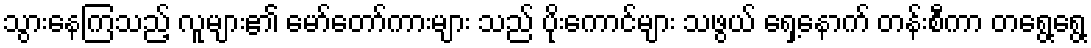
သွားနေကြသည့် လူများ၏ မော်တော်ကားများ သည် ပိုးကောင်များ သဖွယ် ရှေ့နောက် တန်းစီကာ တရွေ့ရွေ့